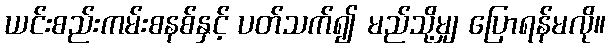
ယင်းစည်းကမ်းစနစ်နှင့် ပတ်သက်၍ မည်သို့မျှ ပြောရန်မလို။